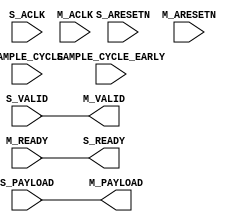
// -- (c) Copyright 2011 - 2012 Xilinx, Inc. All rights reserved.
// --
// -- This file contains confidential and proprietary information
// -- of Xilinx, Inc. and is protected under U.S. and 
// -- international copyright and other intellectual property
// -- laws.
// --
// -- DISCLAIMER
// -- This disclaimer is not a license and does not grant any
// -- rights to the materials distributed herewith. Except as
// -- otherwise provided in a valid license issued to you by
// -- Xilinx, and to the maximum extent permitted by applicable
// -- law: (1) THESE MATERIALS ARE MADE AVAILABLE "AS IS" AND
// -- WITH ALL FAULTS, AND XILINX HEREBY DISCLAIMS ALL WARRANTIES
// -- AND CONDITIONS, EXPRESS, IMPLIED, OR STATUTORY, INCLUDING
// -- BUT NOT LIMITED TO WARRANTIES OF MERCHANTABILITY, NON-
// -- INFRINGEMENT, OR FITNESS FOR ANY PARTICULAR PURPOSE; and
// -- (2) Xilinx shall not be liable (whether in contract or tort,
// -- including negligence, or under any other theory of
// -- liability) for any loss or damage of any kind or nature
// -- related to, arising under or in connection with these
// -- materials, including for any direct, or any indirect,
// -- special, incidental, or consequential loss or damage
// -- (including loss of data, profits, goodwill, or any type of
// -- loss or damage suffered as a result of any action brought
// -- by a third party) even if such damage or loss was
// -- reasonably foreseeable or Xilinx had been advised of the
// -- possibility of the same.
// --
// -- CRITICAL APPLICATIONS
// -- Xilinx products are not designed or intended to be fail-
// -- safe, or for use in any application requiring fail-safe
// -- performance, such as life-support or safety devices or
// -- systems, Class III medical devices, nuclear facilities,
// -- applications related to the deployment of airbags, or any
// -- other applications that could lead to death, personal
// -- injury, or severe property or environmental damage
// -- (individually and collectively, "Critical
// -- Applications"). Customer assumes the sole risk and
// -- liability of any use of Xilinx products in Critical
// -- Applications, subject only to applicable laws and
// -- regulations governing limitations on product liability.
// --
// -- THIS COPYRIGHT NOTICE AND DISCLAIMER MUST BE RETAINED AS
// -- PART OF THIS FILE AT ALL TIMES.
//-----------------------------------------------------------------------------
//
// Register Slice
//   Generic single-channel AXI pipeline register on forward and/or reverse signal path
//
// Verilog-standard:  Verilog 2001
//--------------------------------------------------------------------------
//
// Structure:
//   axic_sync_clock_converter
//
//--------------------------------------------------------------------------

`timescale 1ps/1ps
`default_nettype none

(* DowngradeIPIdentifiedWarnings="yes" *) 
module axi_clock_converter_v2_1_6_axic_sync_clock_converter # (
///////////////////////////////////////////////////////////////////////////////
// Parameter Definitions
///////////////////////////////////////////////////////////////////////////////
  parameter C_FAMILY     = "virtex6",
  parameter integer C_PAYLOAD_WIDTH = 32,
  parameter integer C_S_ACLK_RATIO = 1,
  parameter integer C_M_ACLK_RATIO = 1 ,
  parameter integer C_MODE = 0  // 0 = light-weight (1-deep); 1 = fully-pipelined (2-deep)
  )
 (
///////////////////////////////////////////////////////////////////////////////
// Port Declarations
///////////////////////////////////////////////////////////////////////////////
  input wire                    SAMPLE_CYCLE_EARLY,
  input wire                    SAMPLE_CYCLE,
  // Slave side
  input  wire                        S_ACLK,
  input  wire                        S_ARESETN,
  input  wire [C_PAYLOAD_WIDTH-1:0] S_PAYLOAD,
  input  wire                        S_VALID,
  output wire                        S_READY,

  // Master side
  input  wire                        M_ACLK,
  input  wire                        M_ARESETN,
  output wire [C_PAYLOAD_WIDTH-1:0] M_PAYLOAD,
  output wire                        M_VALID,
  input  wire                        M_READY
);

////////////////////////////////////////////////////////////////////////////////
// Functions
////////////////////////////////////////////////////////////////////////////////

////////////////////////////////////////////////////////////////////////////////
// Local parameters
////////////////////////////////////////////////////////////////////////////////
localparam [1:0] ZERO = 2'b10;
localparam [1:0] ONE  = 2'b11;
localparam [1:0] TWO  = 2'b01;
localparam [1:0] INIT = 2'b00;
localparam integer P_LIGHT_WT = 0;
localparam integer P_FULLY_REG = 1;

////////////////////////////////////////////////////////////////////////////////
// Wires/Reg declarations
////////////////////////////////////////////////////////////////////////////////

////////////////////////////////////////////////////////////////////////////////
// BEGIN RTL
////////////////////////////////////////////////////////////////////////////////

generate
  if (C_S_ACLK_RATIO == C_M_ACLK_RATIO) begin : gen_passthru
    assign M_PAYLOAD = S_PAYLOAD;
    assign M_VALID   = S_VALID;
    assign S_READY   = M_READY;      
  end else begin : gen_sync_clock_converter
    wire s_sample_cycle;
    wire s_sample_cycle_early;
    wire m_sample_cycle;
    wire m_sample_cycle_early;

    wire slow_aclk;
    wire slow_areset;
    wire s_areset_r;
    wire m_areset_r;
   
    reg  s_tready_r; 
    wire s_tready_ns; 
    reg  m_tvalid_r; 
    wire m_tvalid_ns; 
    reg  [C_PAYLOAD_WIDTH-1:0] m_tpayload_r;
    reg  [C_PAYLOAD_WIDTH-1:0] m_tstorage_r;
    wire [C_PAYLOAD_WIDTH-1:0] m_tpayload_ns; 
    wire [C_PAYLOAD_WIDTH-1:0] m_tstorage_ns; 
    reg  m_tready_hold;
    wire m_tready_sample;
    wire load_tpayload;
    wire load_tstorage;
    wire load_tpayload_from_tstorage;
    reg [1:0] state;
    reg [1:0] next_state;
    
    reg s_aresetn_r = 1'b0; // Reset delay register
    always @(posedge S_ACLK) begin
      if (~S_ARESETN | ~M_ARESETN) begin
        s_aresetn_r <= 1'b0;
      end else begin
        s_aresetn_r <= S_ARESETN & M_ARESETN;
      end
    end
    assign s_areset_r = ~s_aresetn_r;

    reg m_aresetn_r = 1'b0; // Reset delay register
    always @(posedge M_ACLK) begin
      if (~S_ARESETN | ~M_ARESETN) begin
        m_aresetn_r <= 1'b0;
      end else begin
        m_aresetn_r <= S_ARESETN & M_ARESETN;
      end
    end
    assign m_areset_r = ~m_aresetn_r;

    if (C_S_ACLK_RATIO > C_M_ACLK_RATIO) begin : gen_slowclk_mi
      assign slow_aclk = M_ACLK;
    end else begin : gen_slowclk_si
      assign slow_aclk = S_ACLK;
    end
  
    assign slow_areset = (C_S_ACLK_RATIO > C_M_ACLK_RATIO) ? m_areset_r : s_areset_r;
    assign s_sample_cycle_early = (C_S_ACLK_RATIO > C_M_ACLK_RATIO) ? SAMPLE_CYCLE_EARLY : 1'b1;
    assign s_sample_cycle       = (C_S_ACLK_RATIO > C_M_ACLK_RATIO) ? SAMPLE_CYCLE : 1'b1;
    assign m_sample_cycle_early = (C_S_ACLK_RATIO > C_M_ACLK_RATIO) ? 1'b1 : SAMPLE_CYCLE_EARLY;
    assign m_sample_cycle       = (C_S_ACLK_RATIO > C_M_ACLK_RATIO) ? 1'b1 : SAMPLE_CYCLE;

    // Output flop for S_READY, value is encoded into state machine.
    assign s_tready_ns = (C_S_ACLK_RATIO > C_M_ACLK_RATIO) ? state[1] & (state != INIT) : next_state[1];

    always @(posedge S_ACLK) begin 
      if (s_areset_r) begin
        s_tready_r <= 1'b0;
      end
      else begin
        s_tready_r <= s_sample_cycle_early ? s_tready_ns : 1'b0;
      end
    end

    assign S_READY = s_tready_r;

    // Output flop for M_VALID
    assign m_tvalid_ns = next_state[0];

    always @(posedge M_ACLK) begin 
      if (m_areset_r) begin
        m_tvalid_r <= 1'b0;
      end
      else begin
        m_tvalid_r <= m_sample_cycle ? m_tvalid_ns : m_tvalid_r & ~M_READY;
      end
    end

    assign M_VALID = m_tvalid_r;

    // Hold register for M_READY when M_ACLK is fast.
    always @(posedge M_ACLK) begin 
      if (m_areset_r) begin
        m_tready_hold <= 1'b0;
      end
      else begin
        m_tready_hold <= m_sample_cycle ? 1'b0 : m_tready_sample;
      end
    end

    assign m_tready_sample = (M_READY ) | m_tready_hold;
    // Output/storage flops for PAYLOAD
    assign m_tpayload_ns = ~load_tpayload ? m_tpayload_r :
                           load_tpayload_from_tstorage ? m_tstorage_r : 
                           S_PAYLOAD;

    assign m_tstorage_ns = C_MODE ? (load_tstorage ? S_PAYLOAD : m_tstorage_r) : 0;

    always @(posedge slow_aclk) begin 
      m_tpayload_r <= m_tpayload_ns;
      m_tstorage_r <= C_MODE ? m_tstorage_ns : 0;
    end

    assign M_PAYLOAD = m_tpayload_r;

    // load logic
    assign load_tstorage = C_MODE && (state != TWO);
    assign load_tpayload = m_tready_sample || (state == ZERO);
    assign load_tpayload_from_tstorage = C_MODE && (state == TWO) && m_tready_sample;
    
    // State machine
    always @(posedge slow_aclk) begin 
      state <= next_state;
    end

    always @* begin 
      if (slow_areset) begin 
        next_state = INIT;
      end else begin
        case (state)
          INIT: begin
            next_state = ZERO;
          end
          // No transaction stored locally
          ZERO: begin
            if (S_VALID) begin
              next_state = C_MODE ? ONE : TWO; // Push from empty
            end
            else begin
              next_state = ZERO;
            end
          end

          // One transaction stored locally
          ONE: begin
            if (C_MODE == 0) begin
              next_state = TWO;  // State ONE is inaccessible when C_MODE=0
            end 
            else if (m_tready_sample & ~S_VALID) begin 
              next_state = ZERO; // Read out one so move to ZERO
            end
            else if (~m_tready_sample & S_VALID) begin
              next_state = TWO;  // Got another one so move to TWO
            end
            else begin
              next_state = ONE;
            end
          end

          // Storage registers full
          TWO: begin 
            if (m_tready_sample) begin
              next_state = C_MODE ? ONE : ZERO; // Pop from full
            end
            else begin
              next_state = TWO;
            end
          end
        endcase // case (state)
      end
    end
  end // gen_sync_clock_converter
  endgenerate
endmodule

`default_nettype wire